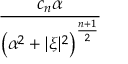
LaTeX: \frac { c _ { n } \alpha } { \left( \alpha ^ { 2 } + | { \boldsymbol { \xi } } | ^ { 2 } \right) ^ { \frac { n + 1 } { 2 } } }